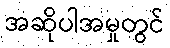
အဆိုပါအမှုတွင်